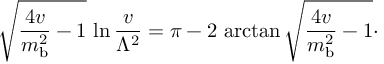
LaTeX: \sqrt { { \frac { 4 v } { m _ { \mathrm { b } } ^ { 2 } } } - 1 } \, \ln { \frac { v } { \Lambda ^ { 2 } } } = \pi - 2 \, \arctan \sqrt { { \frac { 4 v } { m _ { \mathrm { b } } ^ { 2 } } } - 1 } \cdotp